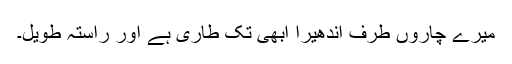
میرے چاروں طرف اندھیرا ابھی تک طاری ہے اور راستہ طویل۔